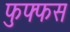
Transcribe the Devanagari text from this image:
फुफ्फस